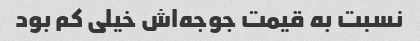
نسبت به قیمت جوجه‌اش خیلی کم بود